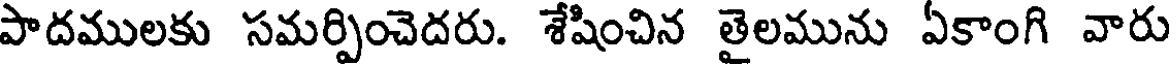
పాదములకు సమర్పించెదరు. శేషించిన తైలమును ఏకాంగి వారు